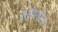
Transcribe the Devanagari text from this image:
कुर्डूवाडीला